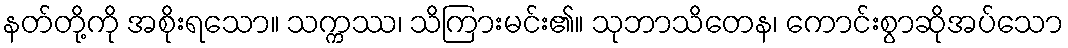
နတ်တို့ကို အစိုးရသော။ သက္ကဿ၊ သိကြားမင်း၏။ သုဘာသိတေန၊ ကောင်းစွာဆိုအပ်သော